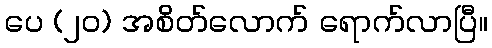
ပေ (၂၀) အစိတ်လောက် ရောက်လာပြီ။